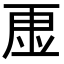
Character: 𮓠